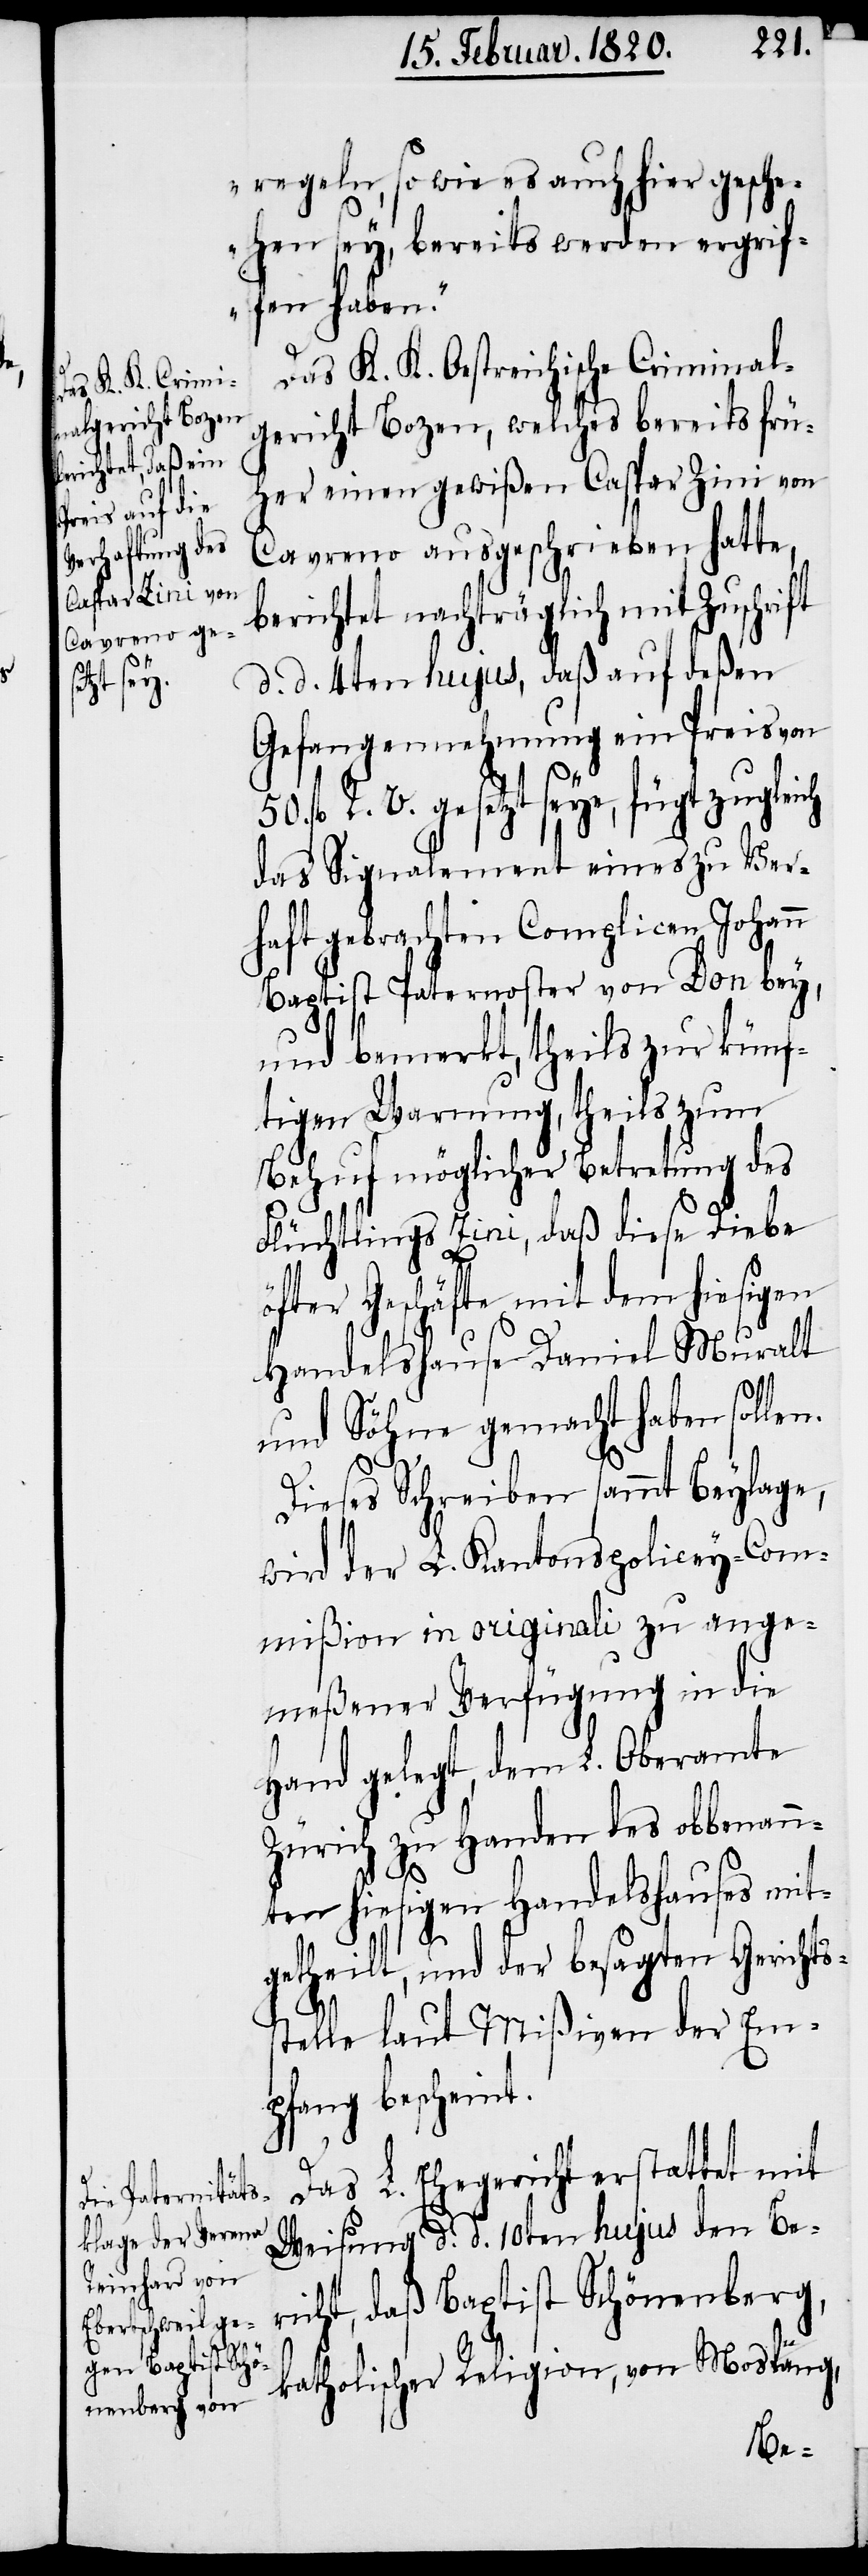
regeln, so wie es auch hier gesche¬
hen sey, bereits werden ergrif¬
fen haben.“
Das K. K. Oestreichische Criminal¬
gericht Bozen, welches bereits frü¬
her einen gewißen Caspar Zini von
Cavreno ausgeschrieben hatte,
berichtet nachträglich mit Zuschrift
d. d. 4ten hujus, daß auf deßen
Gefangennehmung ein Preis von
fl R. V. gesetzt seye, fügt zugleich
das Signalement eines zu Ver¬
haft gebrachten Complicen Johann
Baptist Paternoster von Don bey,
und bemerkt, theils zur künf¬
tigen Warnung, theils zum
Behuf möglicher Betretung des
Flüchtlings Zini, daß diese Diebe
öfter Geschäfte mit dem hiesigen
Handelshause Daniel Muralt
und Söhne gemacht haben sollen.
Dieses Schreiben sammt Beylage,
wird der L. Kantonspolicey-Com¬
mißion in originali zu ange¬
meßener Verfügung in die
Hand gelegt, dem L. Oberamte
Zürich zu Handen des obbenann¬
ten hiesigen Handelshauses mit¬
getheilt, und der besagten Gerichts¬
stelle laut Mißiven der Em¬
pfang bescheint.
Das L. Ehegericht erstattet mit
Weisung d d 10ten hujus den B¬
ericht, daß Baptist Schönenberg,